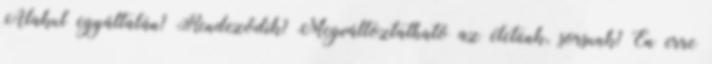
Alakul egyáltalán? Rendeződik? Megváltoztatható az életünk, sorsunk? Én erre